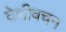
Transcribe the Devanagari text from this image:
देशीवचन